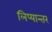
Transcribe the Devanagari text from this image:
लिप्यान्तर